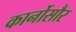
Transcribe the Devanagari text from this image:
कार्नोसौर